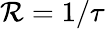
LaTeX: \mathcal{R}=1/\tau